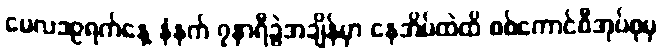
မေလ၁၉ရက်နေ့ နံနက် ၇နာရီခွဲအချိန်မှာ နေအိမ်ထဲထိ စစ်ကောင်စီအုပ်စုမှ